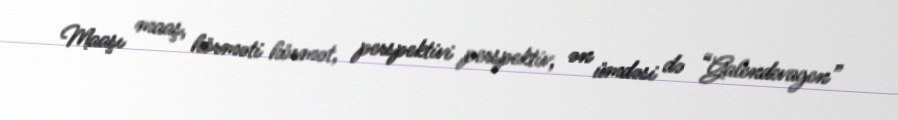
Maaşı maaş, hörməti hörmət, perspektivi perspektiv, ən ümdəsi də “Galendevagen”